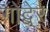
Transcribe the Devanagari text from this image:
गोद्बेर्